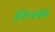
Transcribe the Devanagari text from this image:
निप्लव